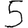
Digit: 5